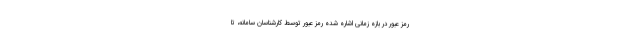
رمز عبور در بازه زمانی اشاره شده رمز عبور توسط کارشناسان سامانه، تا